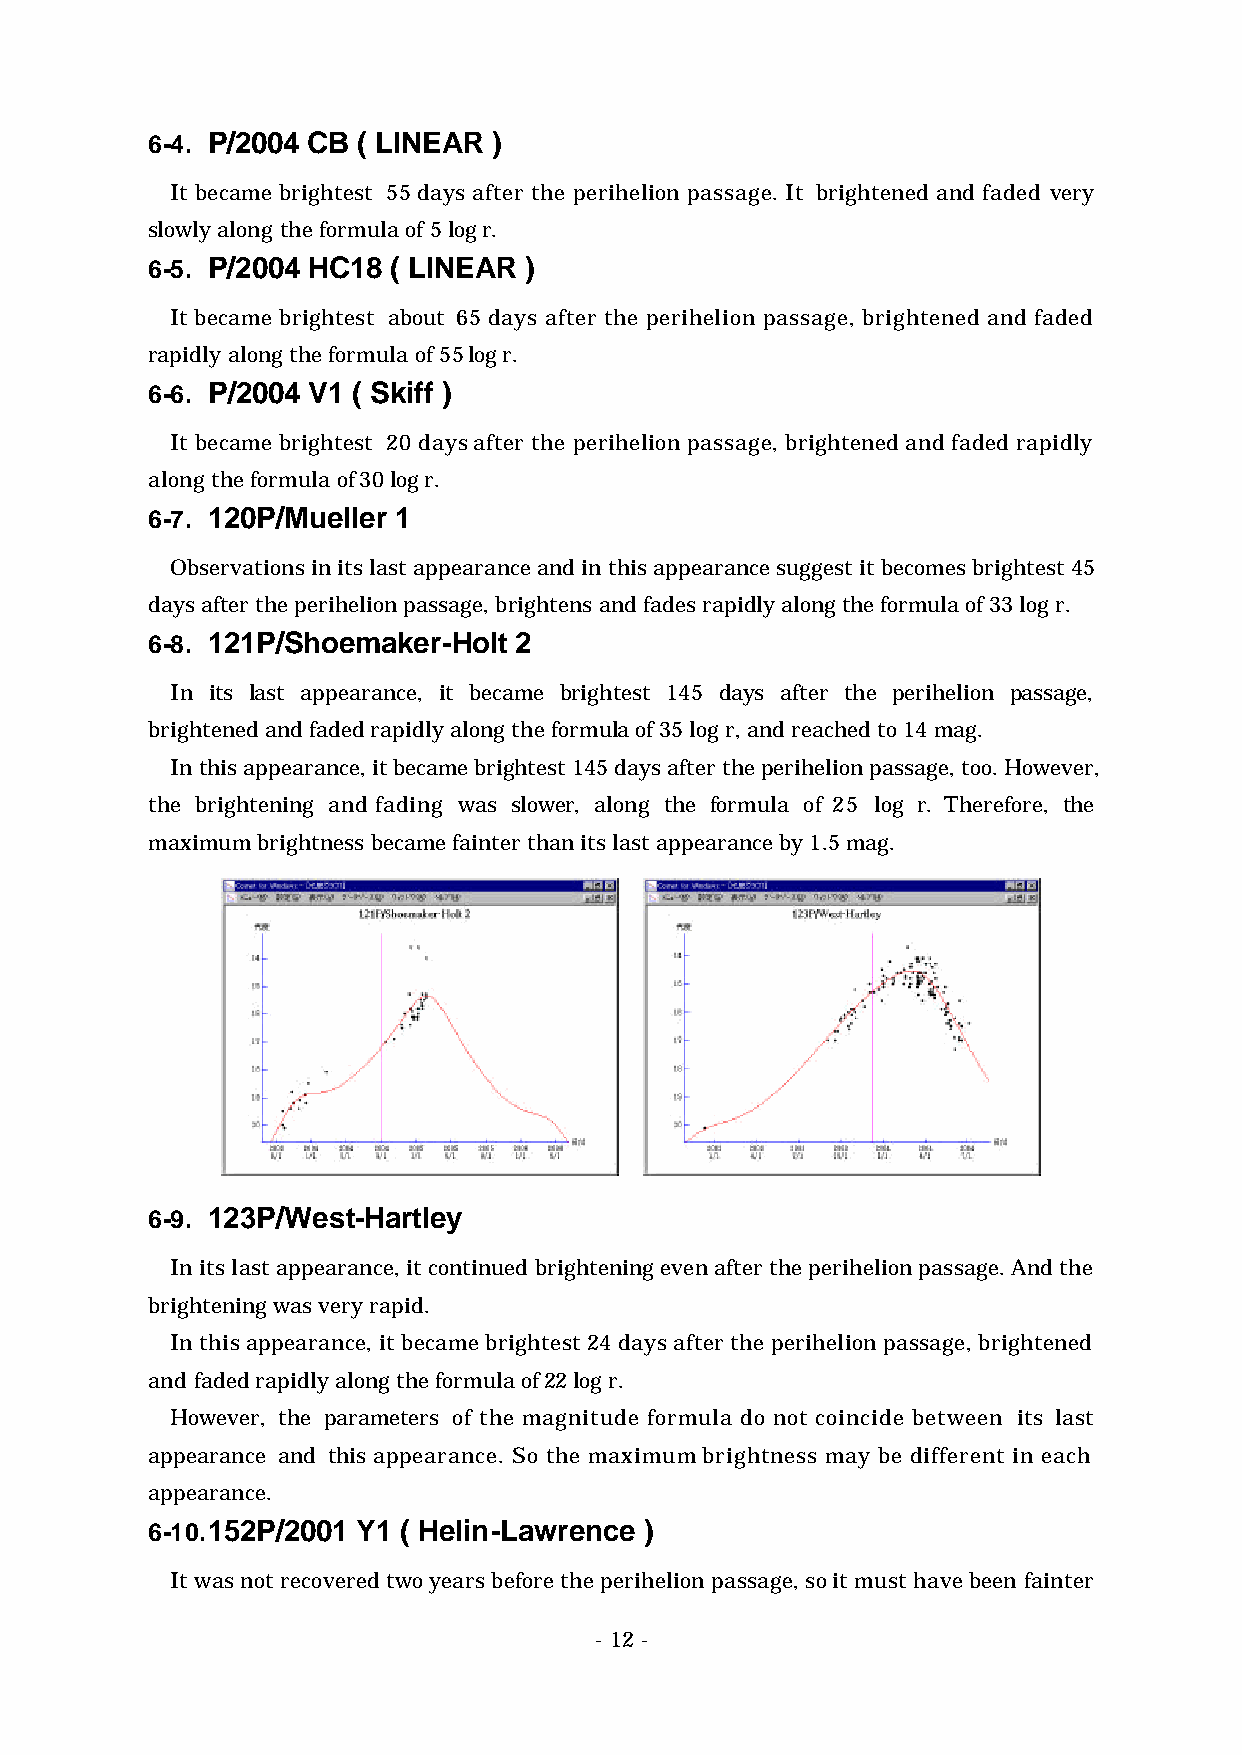
6-4. P/2004 CB ( LINEAR )
 It became brightest 55 days after the perihelion passage. It brightened and faded very
 slowly along the formula of 5 log r.
 6-5. P/2004 HC18 ( LINEAR )
 It became brightest about 65 days after the perihelion passage, brightened and faded
 rapidly along the formula of 55 log r.
 6-6. P/2004 V1 ( Skiff )
 It became brightest 20 days after the perihelion passage, brightened and faded rapidly
 along the formula of 30 log r.
 6-7. 120P/Mueller 1
 Observations in its last appearance and in this appearance suggest it becomes brightest 45
 days after the perihelion passage, brightens and fades rapidly along the formula of 33 log r.
 6-8. 121P/Shoemaker-Holt 2
 In its last appearance, it became brightest 145 days after the perihelion passage,
 brightened and faded rapidly along the formula of 35 log r, and reached to 14 mag.
 In this appearance, it became brightest 145 days after the perihelion passage, too. However,
 the brightening and fading was slow er, along the formula of 25 log r. Therefore, the
 maximum brightness became fainter than its last appearance by 1.5 mag.
 6-9. 123P/West-Hartley
 In its last appearance, it continued brightening even after the perihelion passage. And the
 brightening was very rapid.
 In this appearance, it became brightest 24 days after the perihelion passage, brightened
 and faded rapidly along the formula of 22 log r.
 However, the para meters of the magnitude formula do not coincide between its last
 appearance and this appearance. So the maximum brightness may be different in each
 appearance.
 6-10. 152P/2001 Y1 ( Helin-Lawrence )
 It was not recovered two years before the perihelion passage, so it must have been fainter
 - 12 -